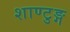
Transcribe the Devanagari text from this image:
शाण्टुङ्ग